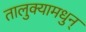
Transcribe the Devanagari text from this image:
तालुक्यामधुन्